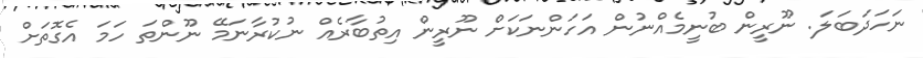
ނަހަދަބަލަ. ނޫރީން ބުނީމެއްނުން އަހަންނަކަށް ނޫރީން އިތުބާރެއް ނުކުރާނަމޭ ނޫންތަ ހަމަ އެގޮތަށް